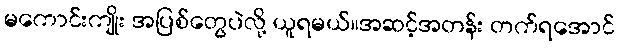
မကောင်းကျိုး အပြစ်တွေပဲလို့ ယူရမယ်။အဆင့်အတန်း တက်ရအောင်